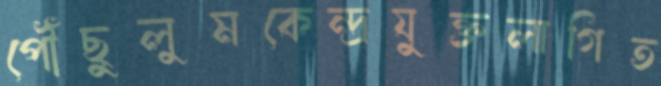
পৌঁছুলুমকেন্দ্রযুক্তলাগিত